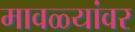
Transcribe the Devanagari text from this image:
मावळ्यांवर